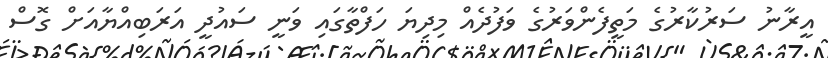
އީރާނު ސަރުކާރުގެ މަތީފެންވަރުގެ ވަފުދެއް މިދިޔަ ހަފްތާގައި ވަނީ ސައުދީ އަރަބިއްޔާއަށް ގޮސް